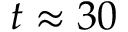
t \approx 3 0